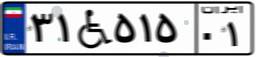
۳۱W۵۱۵۰۱